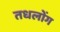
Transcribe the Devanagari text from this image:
तधलोंग